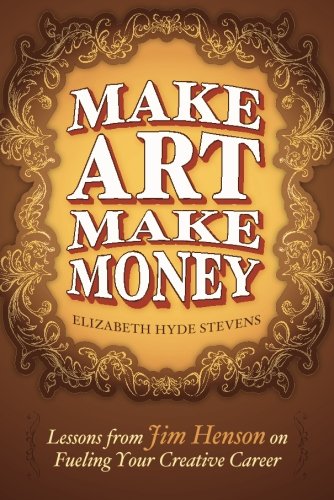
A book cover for Make Art Make Money: Lessons from Jim Henson on Fueling Your Creative Career; Elizabeth Hyde Stevens; Arts & Photography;